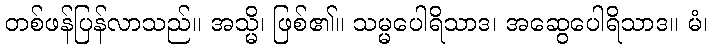
တစ်ဖန်ပြန်လာသည်။ အသ္မိ၊ ဖြစ်၏။ သမ္မပေါရိသာဒ၊ အဆွေပေါရိသာဒ။ မံ၊